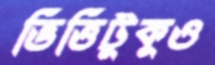
ভিত্তিটুকুও